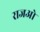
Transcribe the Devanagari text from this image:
राजओ